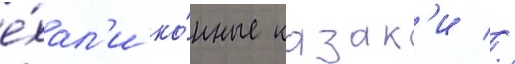
е́хал'и ко́нные казак'и //